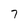
Character: 7